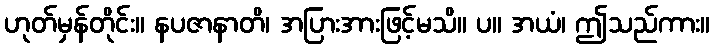
ဟုတ်မှန်တိုင်း။ နပဇာနာတိ၊ အပြားအားဖြင့်မသိ။ ပ။ အယံ၊ ဤသည်ကား။